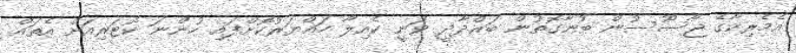
އެމެރިކާގެ ޖާސޫސުން ބުނާގޮތުން ބަޣްދާދީ ވަނީ ކެއިލާ ހައްޔަރުކޮށްފައި ހުންނަ ކޮޓަރިއަށް އެތައް